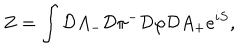
Z = \int { \cal D } A _ { - } { \cal D } \pi ^ { - } { \cal D } \varphi { \cal D } A _ { + } e ^ { i S } ,